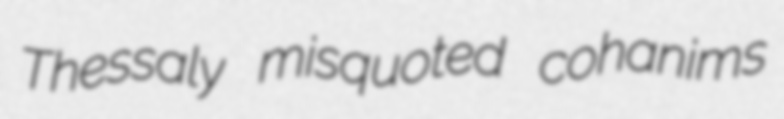
Thessaly misquoted cohanims